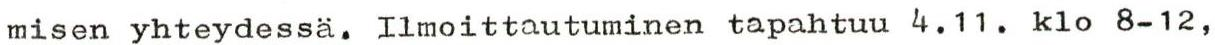
misen yhteydessä. Ilmoittautuminen tapahtuu 4.11. klo 8-12,